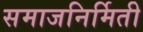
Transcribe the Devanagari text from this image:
समाजनिर्मिती